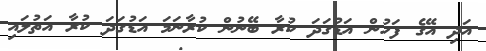
އަދި އޭގެ ފަހުން އަޑުގަދަ ކުރާ ބޭނުން ކުރާނަމަ އަޑުގަދަ ކުރާ އަތުލައި